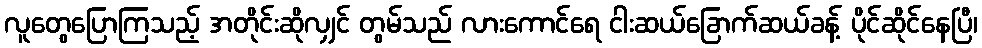
လူတွေပြောကြသည့် အတိုင်းဆိုလျှင် တွမ်သည် လားကောင်ရေ ငါးဆယ်ခြောက်ဆယ်ခန့် ပိုင်ဆိုင်နေပြီ၊